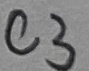
Text: C3